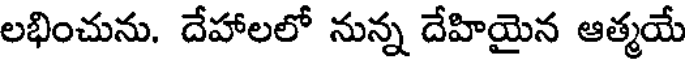
లభించును. దేహాలలో నున్న దేహియైన ఆత్మయే